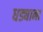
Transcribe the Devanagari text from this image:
धड्याना